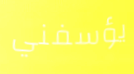
يؤسفني